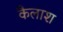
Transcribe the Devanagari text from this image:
कैलाश